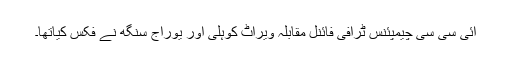
ائی سی سی چیمپئنس ٹرافی فائنل مقابلہ ویراٹ کوہلی اور یوراج سنگھ نے فکس کیاتھا۔